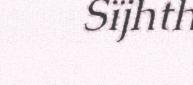
Sïjhth